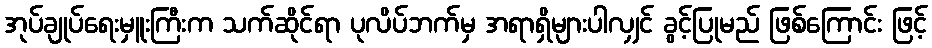
အုပ်ချုပ်ရေးမှူးကြီးက သက်ဆိုင်ရာ ပုလိပ်ဘက်မှ အရာရှိများပါလျှင် ခွင့်ပြုမည် ဖြစ်ကြောင်း ဖြင့်